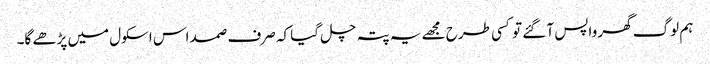
ہم لوگ گھر واپس آ گئے تو کسی طرح مجھے یہ پتہ چل گیا کہ صرف صمد اس اسکول میں پڑھے گا۔